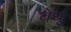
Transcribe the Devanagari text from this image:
वेधू